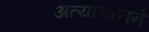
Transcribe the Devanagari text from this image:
अत्याचाराने